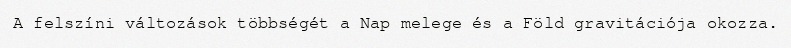
A felszíni változások többségét a Nap melege és a Föld gravitációja okozza.